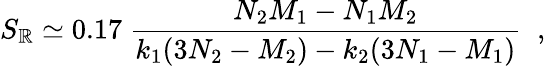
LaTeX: S_{\mathbb{R}}\simeq0.17\ \frac{{N_{2}M_{1}-N_{1}M_{2}}}{{k_{1}(3N_{2}-M_{2})-k_{2}(3N_{1}-M_{1})}}\; \; ,